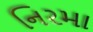
નિરમા